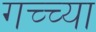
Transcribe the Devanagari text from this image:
गच्च्या